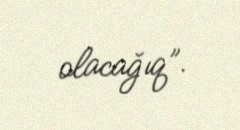
olacağıq”.